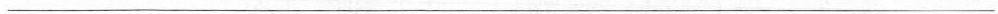
___